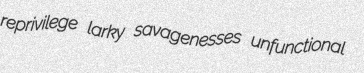
reprivilege larky savagenesses unfunctional